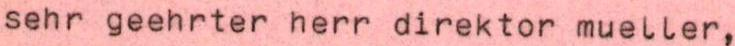
sehr geehrter herr direktor mueller,